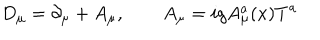
D _ { \mu } = \partial _ { \mu } + A _ { \mu } , \qquad A _ { \mu } = i g A _ { \mu } ^ { a } ( x ) T ^ { a }